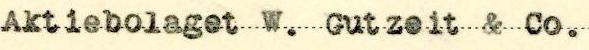
Aktiebolaget W. Gutzeit & Co.